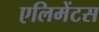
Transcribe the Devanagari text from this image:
एलिमेंटस